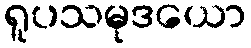
ရူပသမုဒယော